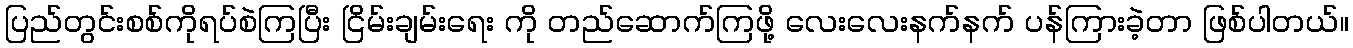
ပြည်တွင်းစစ်ကိုရပ်စဲကြပြီး ငြိမ်းချမ်းရေး ကို တည်ဆောက်ကြဖို့ လေးလေးနက်နက် ပန်ကြားခဲ့တာ ဖြစ်ပါတယ်။